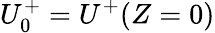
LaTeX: U_{0}^{+}=U^{+}(Z=0)